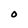
Character: O